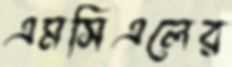
এমসিএলের